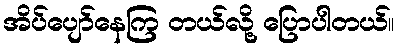
အိပ်ပျော်နေကြ တယ်လို့ ပြောပါတယ်။